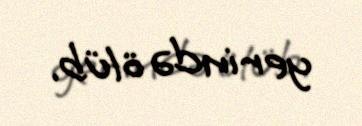
yerində ölüb.